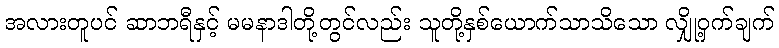
အလားတူပင် ဆာဘရီနှင့် မမနာဒါတို့တွင်လည်း သူတို့နှစ်ယောက်သာသိသော လျှို့ဝှက်ချက်